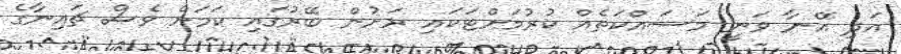
އަދި އޭނާ ވަނީ މަސައްކަތެއް ކުރުމަށްޓަކައި ރަށުން ބޭރުގައި ކަމަށް ވެސް ޗައިނާގެ